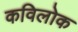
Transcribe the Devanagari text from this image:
कविलोक